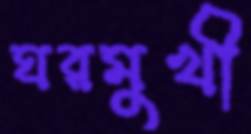
ঘরমুখী